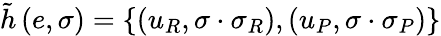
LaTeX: \tilde{h}\left(e,\sigma\right)=\left\{ \left(u_{R},\sigma\cdot\sigma_{R}\right),\left(u_{P},\sigma\cdot\sigma_{P}\right)\right\}